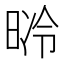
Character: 𣇝